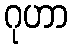
ဂုဟာ